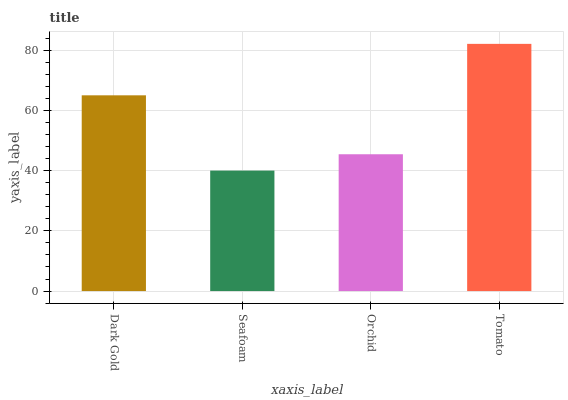
| xaxis_label | bars |
 | --- | --- |
 | Dark Gold | 65.1 |
 | Seafoam | 40 |
 | Orchid | 45.5 |
 | Tomato | 82.2 |